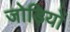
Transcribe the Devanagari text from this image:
जोड़ियों